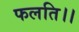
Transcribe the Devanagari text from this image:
फलति।।